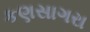
કણસાગરા